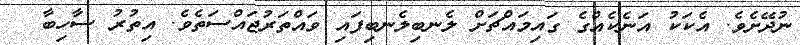
ނުދޭށެވެ. އެކަކު އަނެކެއްގެ ގައިމައްޗަށް ލެނބިލެނބިފައި ވައްތަރުޖައްސަތެވެ. އިތުރު ސާހިބާ